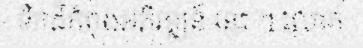
ទឹកដីកំពុងអភិវឌ្ឍន៍ នេះ ។ លោក